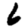
Digit: 6